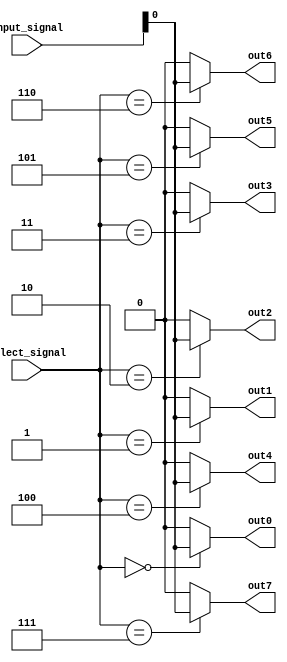
module demux_1to8 (
    input [7:0] input_signal,
    input [2:0] select_signal,
    output reg out0,
    output reg out1,
    output reg out2,
    output reg out3,
    output reg out4,
    output reg out5,
    output reg out6,
    output reg out7
);

always @(*) begin
    out0 = (select_signal == 3'b000) ? input_signal[0] : 1'b0;
    out1 = (select_signal == 3'b001) ? input_signal[0] : 1'b0;
    out2 = (select_signal == 3'b010) ? input_signal[0] : 1'b0;
    out3 = (select_signal == 3'b011) ? input_signal[0] : 1'b0;
    out4 = (select_signal == 3'b100) ? input_signal[0] : 1'b0;
    out5 = (select_signal == 3'b101) ? input_signal[0] : 1'b0;
    out6 = (select_signal == 3'b110) ? input_signal[0] : 1'b0;
    out7 = (select_signal == 3'b111) ? input_signal[0] : 1'b0;
end

endmodule